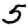
Digit: 5